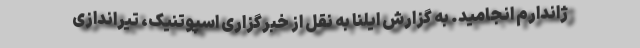
ژاندارم انجامید. به گزارش ایلنا به نقل از خبرگزاری اسپوتنیک، تیراندازی